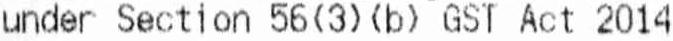
UNDER SECTION 56(3)(B) GST ACT 2014